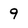
Character: 9